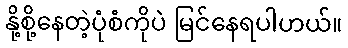
နို့စို့နေတဲ့ပုံစံကိုပဲ မြင်နေရပါဟယ်။